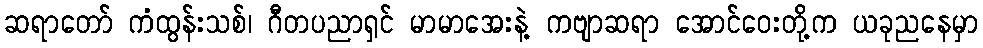
ဆရာတော် ကံထွန်းသစ်၊ ဂီတပညာရှင် မာမာအေးနဲ့ ကဗျာဆရာ အောင်ဝေးတို့က ယခုညနေမှာ